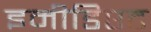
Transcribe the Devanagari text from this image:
इमीडिएट